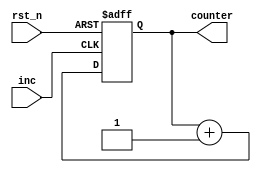
`timescale 1ns / 1ps
//////////////////////////////////////////////////////////////////////////////////
// Company: 
// Engineer: 
// 
// Design Name: 
// Module Name:    new_counter 
// Project Name: 
// Target Devices: 
// Tool versions: 
// Description: 
//
// Dependencies: 
//
// Revision: 
// Revision 0.01 - File Created
// Additional Comments: 
//
//////////////////////////////////////////////////////////////////////////////////
module new_counter(
input rst_n,
input inc,
output [9:0]counter
    );

reg [9:0]counter_reg;

assign counter = counter_reg;

always@(posedge inc or negedge rst_n)
begin
	if(~rst_n)
		counter_reg<=10'b0000;
	else
		counter_reg <= counter_reg  + 1;
end

endmodule